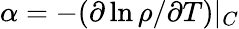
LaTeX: \alpha=-(\partial\ln\rho/\partial T)|_{C}